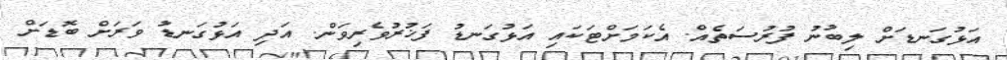
އަޅުގަނޑަށް ލިބުނު ފުރުސަތެއް. އެކަމަށްޓަކައި އަޅުގަނޑު ފަޚުރުވެރިވަން. އަދި އަޅުގަނޑު ވަރަށް ބޮޑަށް